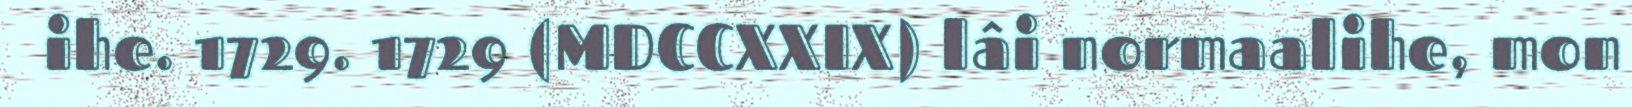
ihe. 1729. 1729 (MDCCXXIX) lâi normaalihe, mon